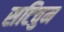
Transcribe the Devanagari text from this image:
सटिवुम